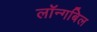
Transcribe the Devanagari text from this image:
लॉन्गबिल